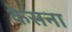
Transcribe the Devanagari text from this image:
केसना